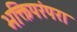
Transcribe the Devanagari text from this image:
भक्तिपरंपरा